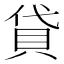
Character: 貸